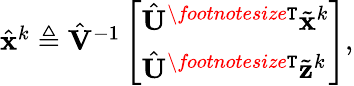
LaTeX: \begin{array}{r}{\hat{{\mathbf{x}}}^{k}\triangleq\hat{{\mathbf{V}}}^{-1}\left[\begin{array}{l}{\hat{{\mathbf{U}}}^{\textit{\footnotesize\texttt{T}}}\tilde{{\mathbf{x}}}^{k}}\\ {\hat{{\mathbf{U}}}^{\textit{\footnotesize\texttt{T}}}\tilde{{\mathbf{z}}}^{k}}\end{array}\right],}\end{array}